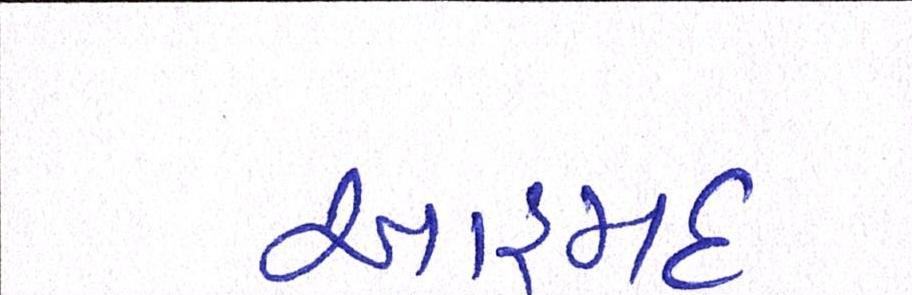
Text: આહમદ